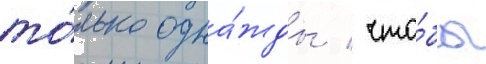
то́лько одна́жды / что́бы